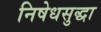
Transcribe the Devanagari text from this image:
निषेधसुद्धा